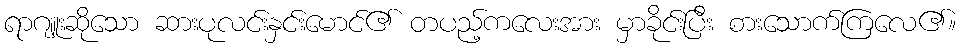
ရာဂျူးဆိုသော ဆားပုလင်းနှင်းမောင်၏ တပည့်ကလေးအား မှာခိုင်းပြီး စားသောက်ကြလေ၏။